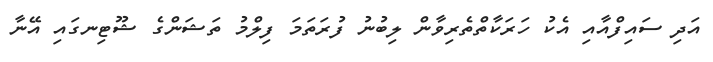
އަދި ސައިފްއާއި އެކު ހަރަކާތްތެރިވާން ލިބުނު ފުރަތަމަ ފިލްމު ތަޝަންގެ ޝޫޓިނގައި އޭނާ